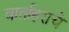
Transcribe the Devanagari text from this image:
वार्ताहराचे